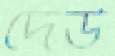
দেউ